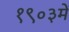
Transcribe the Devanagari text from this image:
१९०३में